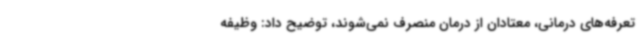
تعرفه‌های درمانی، معتادان از درمان منصرف نمی‌شوند، توضیح داد: وظیفه